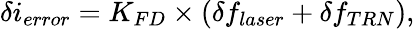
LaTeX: \delta i_{error}=K_{FD}\times(\delta f_{laser}+\delta f_{TRN}),